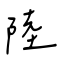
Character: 陸